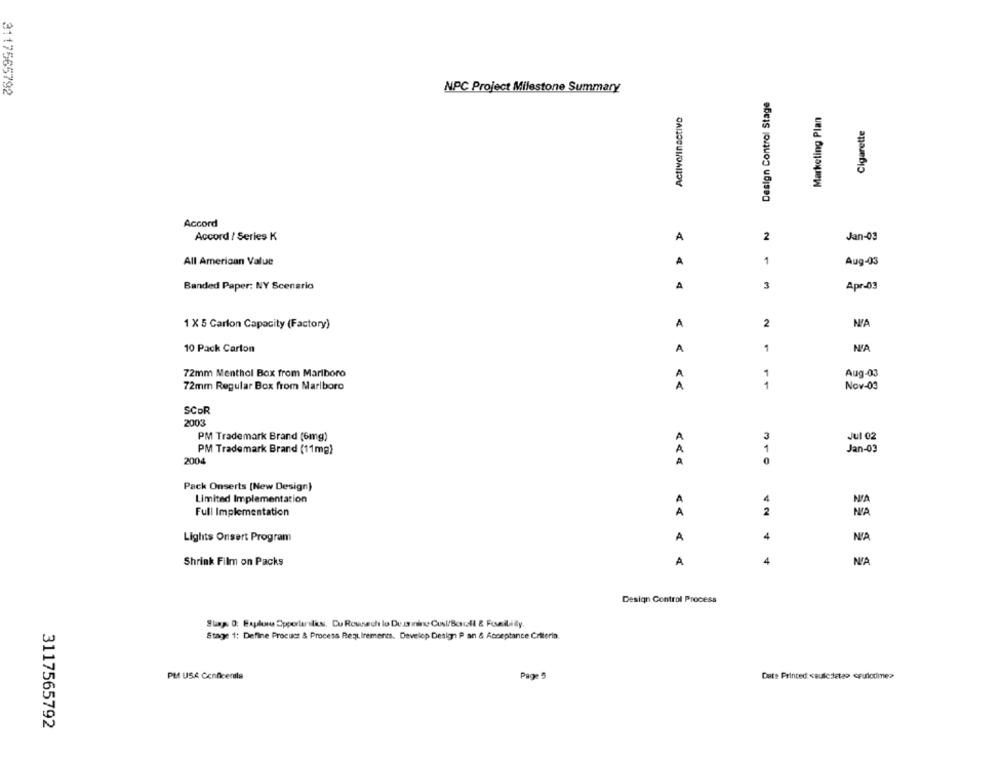
3117565792
NPC Project Milestone Summary
Design Control Stage
Active/Inactivo
Marketing Plan
Cigarette
Accord
Accord / Series K
2
Jan-03
A
1
All American Value
A
Aug-03
Banded Paper: NY Scenario
A
3
Apr-03
1 X 5 Carlon Capacity (Factory)
A
2
10 Pack Carton
A
1
NA
72mm Menthol Box from Marlboro
Aug-03
72mm Regular Box from Marlboro
A
Nov-03
SCOR
2003
Jul 02
PM Trademark Brand (6mg)
A
3
PM Trademark Brand (11mg)
A
1
Jan-03
2004
A
Pack Onserts [New Design)
Limited Implementation
A
4
Full Implementation
A
2
NA
Lights Onsert Program
A
4
Shrink Film on Packs
A
4
Design Control Process
Stage 1: Define Procuct & Process Requirements. Develop Design P an & Acceptance Criteria
PMI USA Conficenita
Page 5
Date Printed :< sulcdeten ceulodime?
3117565792